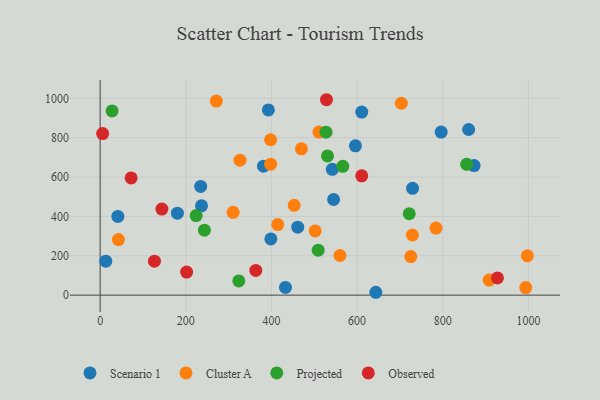
{"axis": {"x": "Experience", "y": "Sales"}, "legend": ["Cluster A", "Observed", "Projected", "Scenario 1"], "data": [{"x": "13.2", "y": 172.3, "type": "Scenario 1"}, {"x": "234.7", "y": 552.2, "type": "Scenario 1"}, {"x": "41.3", "y": 399.7, "type": "Scenario 1"}, {"x": "545.1", "y": 485.8, "type": "Scenario 1"}, {"x": "461.4", "y": 345.2, "type": "Scenario 1"}, {"x": "610.9", "y": 929.9, "type": "Scenario 1"}, {"x": "236.7", "y": 453.9, "type": "Scenario 1"}, {"x": "796.3", "y": 828.5, "type": "Scenario 1"}, {"x": "729.5", "y": 542.9, "type": "Scenario 1"}, {"x": "860.5", "y": 841.6, "type": "Scenario 1"}, {"x": "180.4", "y": 416.5, "type": "Scenario 1"}, {"x": "542.1", "y": 639.4, "type": "Scenario 1"}, {"x": "392.8", "y": 941.3, "type": "Scenario 1"}, {"x": "873.2", "y": 658.2, "type": "Scenario 1"}, {"x": "643.7", "y": 14.5, "type": "Scenario 1"}, {"x": "398.6", "y": 285.5, "type": "Scenario 1"}, {"x": "432.7", "y": 39.0, "type": "Scenario 1"}, {"x": "381.5", "y": 655.1, "type": "Scenario 1"}, {"x": "596.1", "y": 758.7, "type": "Scenario 1"}, {"x": "326.5", "y": 685.9, "type": "Cluster A"}, {"x": "414.7", "y": 358.5, "type": "Cluster A"}, {"x": "470.0", "y": 743.3, "type": "Cluster A"}, {"x": "398.1", "y": 665.6, "type": "Cluster A"}, {"x": "908.3", "y": 76.5, "type": "Cluster A"}, {"x": "42.7", "y": 282.5, "type": "Cluster A"}, {"x": "560.0", "y": 201.3, "type": "Cluster A"}, {"x": "997.6", "y": 199.6, "type": "Cluster A"}, {"x": "703.3", "y": 975.1, "type": "Cluster A"}, {"x": "502.1", "y": 326.2, "type": "Cluster A"}, {"x": "510.9", "y": 828.6, "type": "Cluster A"}, {"x": "993.8", "y": 38.3, "type": "Cluster A"}, {"x": "310.5", "y": 420.9, "type": "Cluster A"}, {"x": "453.1", "y": 456.1, "type": "Cluster A"}, {"x": "729.1", "y": 305.5, "type": "Cluster A"}, {"x": "398.0", "y": 789.5, "type": "Cluster A"}, {"x": "271.2", "y": 986.2, "type": "Cluster A"}, {"x": "725.4", "y": 196.0, "type": "Cluster A"}, {"x": "784.2", "y": 340.5, "type": "Cluster A"}, {"x": "509.1", "y": 228.5, "type": "Projected"}, {"x": "530.9", "y": 707.5, "type": "Projected"}, {"x": "721.7", "y": 413.4, "type": "Projected"}, {"x": "27.9", "y": 935.8, "type": "Projected"}, {"x": "224.2", "y": 404.0, "type": "Projected"}, {"x": "566.6", "y": 654.6, "type": "Projected"}, {"x": "243.5", "y": 329.9, "type": "Projected"}, {"x": "323.8", "y": 72.3, "type": "Projected"}, {"x": "527.4", "y": 827.9, "type": "Projected"}, {"x": "855.9", "y": 664.6, "type": "Projected"}, {"x": "126.8", "y": 172.5, "type": "Observed"}, {"x": "5.8", "y": 820.9, "type": "Observed"}, {"x": "201.9", "y": 117.3, "type": "Observed"}, {"x": "363.5", "y": 125.6, "type": "Observed"}, {"x": "528.5", "y": 992.9, "type": "Observed"}, {"x": "610.9", "y": 606.4, "type": "Observed"}, {"x": "72.4", "y": 595.4, "type": "Observed"}, {"x": "144.2", "y": 437.1, "type": "Observed"}, {"x": "927.7", "y": 87.5, "type": "Observed"}]}